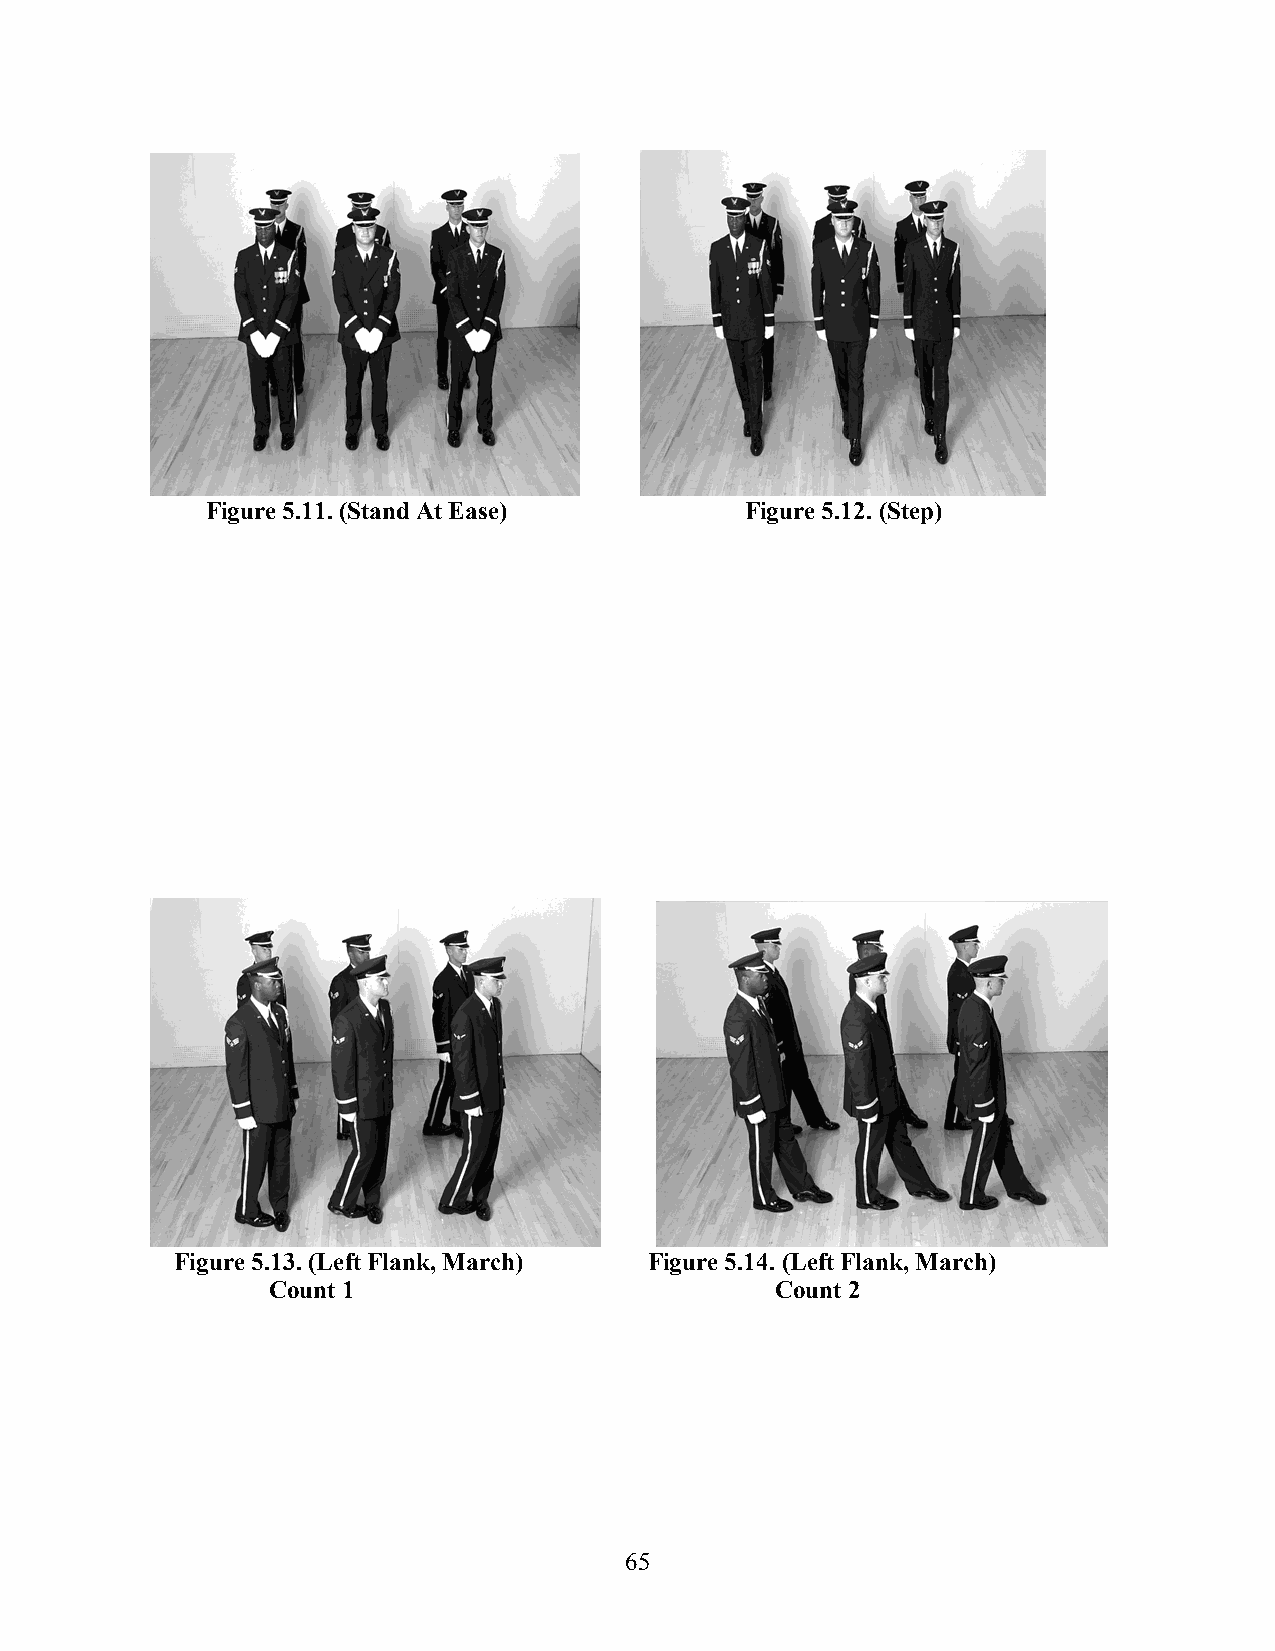
Figure 5.11. (Stand At Ease)       Figure 5.12. (Step)
 Figure 5.13. (Left Flank, March) Figure 5.14. (Left Flank, March)
 Count 1                          Count 2
 65